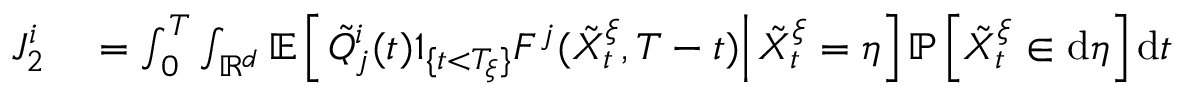
\begin{array} { r l } { J _ { 2 } ^ { i } } & { { } = \int _ { 0 } ^ { T } \int _ { \mathbb { R } ^ { d } } \mathbb { E } \left[ \left. \tilde { Q } _ { j } ^ { i } ( t ) 1 _ { \{ t < T _ { \xi } \} } F ^ { j } ( \tilde { X } _ { t } ^ { \xi } , T - t ) \right| \tilde { X } _ { t } ^ { \xi } = \eta \right] \mathbb { P } \left[ \tilde { X } _ { t } ^ { \xi } \in \mathrm { d } \eta \right] \mathrm { d } t } \end{array}